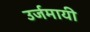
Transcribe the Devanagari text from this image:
उर्जमायी